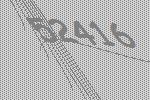
52416